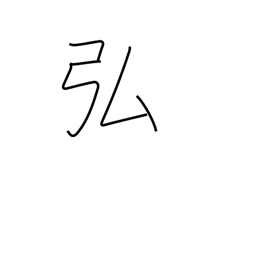
Meaning: vast